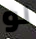
لو